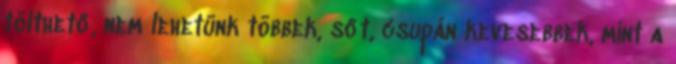
tölthető, nem lehetünk többek, sőt, csupán kevesebbek, mint a